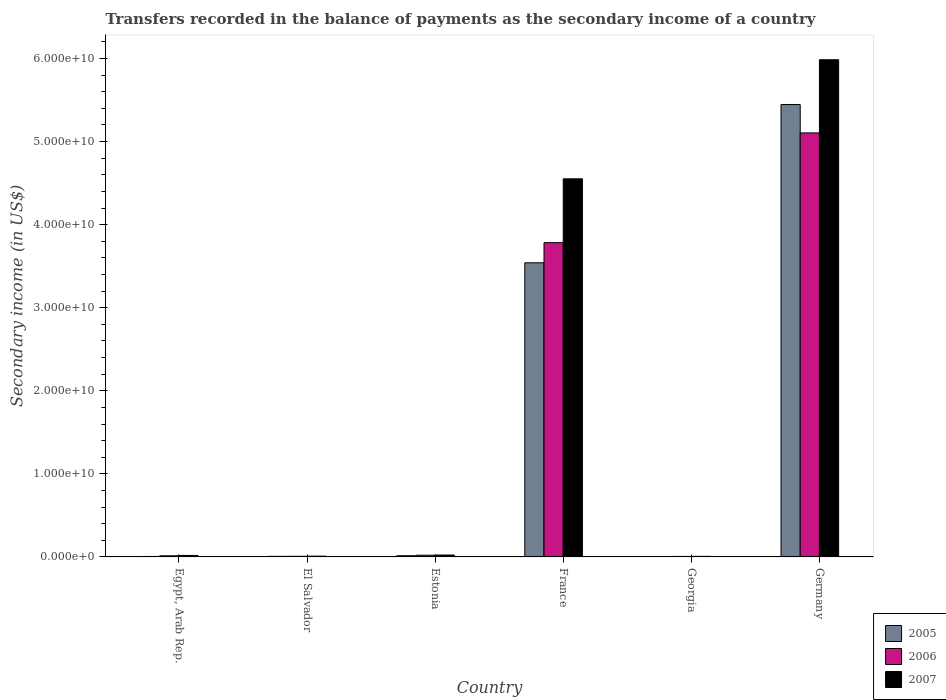
| Country | 2005 | 2006 | 2007 |
 | --- | --- | --- | --- |
 | Egypt, Arab Rep. | 5.73e+07 | 1.35e+08 | 1.8e+08 |
 | El Salvador | 7.14e+07 | 7.68e+07 | 9.57e+07 |
 | Estonia | 1.46e+08 | 2.08e+08 | 2.27e+08 |
 | France | 3.54e+10 | 3.78e+10 | 4.55e+10 |
 | Georgia | 5.19e+07 | 5.94e+07 | 7.21e+07 |
 | Germany | 5.45e+10 | 5.1e+10 | 5.99e+10 |